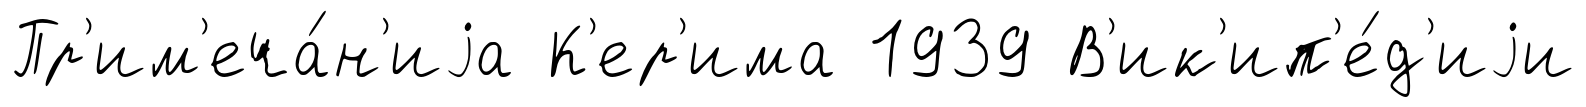
Пр'им'еча́н'иjа К'ер'има 1939 В'ик'ип'е́д'иjи